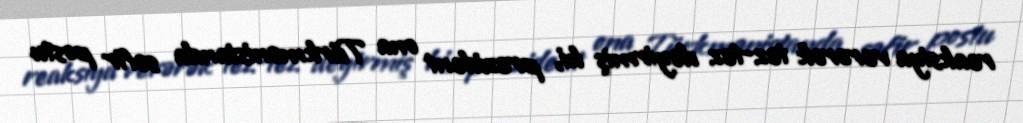
reaksiya verərək tez-tez deyirmiş ki, prezident ona Türkmənistanda səfir postu